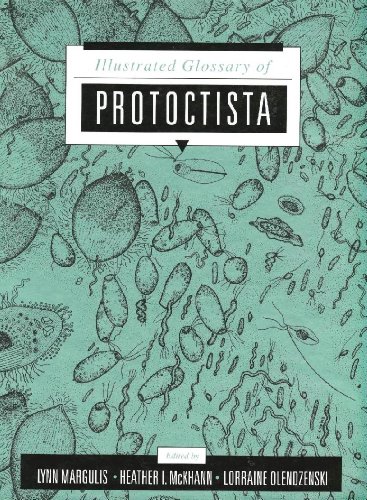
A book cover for Protoctista Glossary; Lynn Margulis; Medical Books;